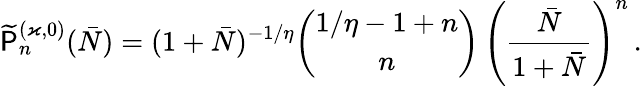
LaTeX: \widetilde{\mathsf{P}}_{n}^{(\varkappa,0)}(\bar{N})=(1+\bar{N})^{-1/\eta}\binom{1/\eta-1+n}{n}\, \left(\frac{\bar{N}}{1+\bar{N}}\right)^{n}\, .